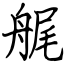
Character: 艉